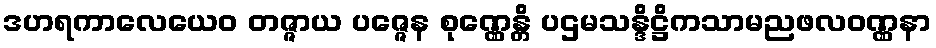
ဒဟရကာလေယေဝ တဇ္ဇာယ ပဇ္ဇေန စုဏ္ဏေန္တိ ပဌမသန္ဒိဋ္ဌိကသာမညဖလဝဏ္ဏနာ